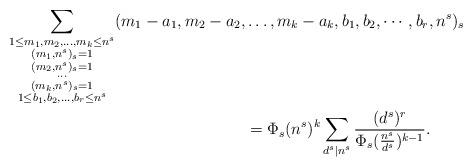
LaTeX: \begin{align*}\sum\limits_{\substack{1\leq m_1, m_2,\ldots,m_k\leq n^s\\(m_1,n^s)_s=1\\(m_2,n^s)_s=1\\\cdots \\(m_k,n^s)_s=1\\1\leq b_1, b_2,\ldots,b_r\leq n^s}}(m_1-a_1, m_2-a_2,&\ldots,m_k-a_k,b_1,b_2,\cdots,b_r,n^s)_s\\&= \Phi_s(n^s)^k\sum\limits_{\substack{d^s|n^s}}\frac{(d^s)^r}{\Phi_s(\frac{n^s}{d^s})^{k-1}}.\end{align*}